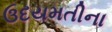
ઉદયમતીના